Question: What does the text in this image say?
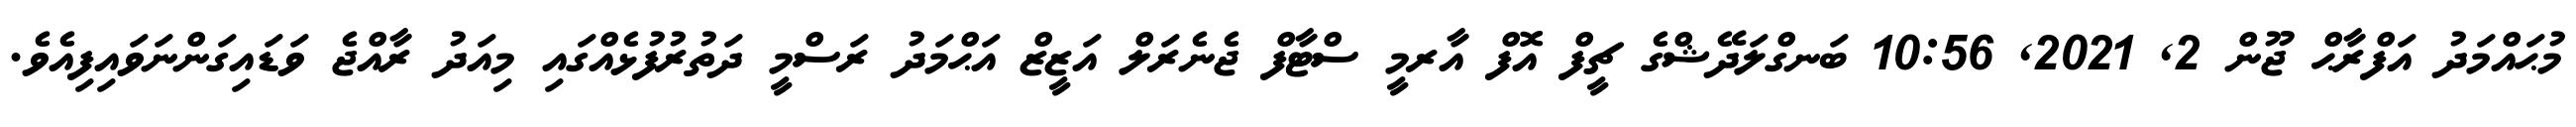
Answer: މުޙައްމަދު އަފްރާޙް ޖޫން 2, 2021, 10:56 ބަނގްލަދޭޝްގެ ޗީފް އޮފް އާރމީ ސްޓާފް ޖެނެރަލް އަޒީޒް އަޙްމަދު ރަސްމީ ދަތުރުފުޅެއްގައި މިއަދު ރާއްޖެ ވަޑައިގަންނަވައިފިއެވެ.